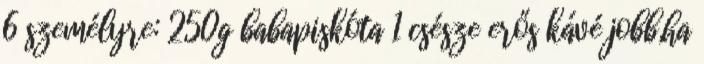
6 személyre: 250g babapiskóta 1 csésze erős kávé jobb,ha